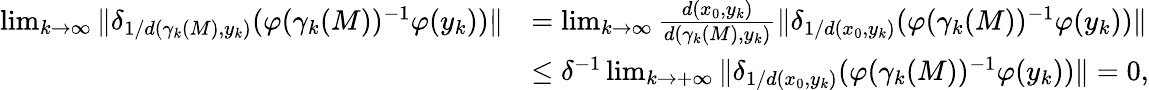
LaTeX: \begin{array}{rl}{\operatorname*{lim}_{k\to\infty}\| \delta_{1/d(\gamma_{k}(M),y_{k})}(\varphi(\gamma_{k}(M))^{-1}\varphi(y_{k}))\| }&{=\operatorname*{lim}_{k\to\infty}\frac{d(x_{0},y_{k})}{d(\gamma_{k}(M),y_{k})}\| \delta_{1/d(x_{0},y_{k})}(\varphi(\gamma_{k}(M))^{-1}\varphi(y_{k}))\| }\\ &{\leq\delta^{-1}\operatorname*{lim}_{k\to+\infty}\| \delta_{1/d(x_{0},y_{k})}(\varphi(\gamma_{k}(M))^{-1}\varphi(y_{k}))\| =0,}\end{array}